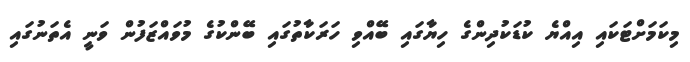
މިކަމަށްޓަކައި އިއްޔެ ކުޑަކުދިންގެ ހިޔާގައި ބޭއްވި ހަރަކާތުގައި ބޭންކުގެ މުވައްޒަފުން ވަނީ އެތަނުގައި